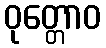
ဝုတ္တောဝ